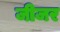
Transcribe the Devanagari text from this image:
जीजर